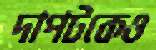
দাপটকেও